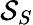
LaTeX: \mathcal{S}_{S}